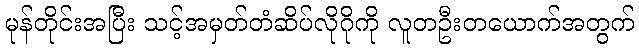
မုန်တိုင်းအပြီး သင့်အမှတ်တံဆိပ်လိုဂိုကို လူတဦးတယောက်အတွက်